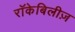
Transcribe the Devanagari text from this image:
रॉकेबिलीज़